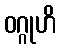
ဝဂ္ဂုဟိ